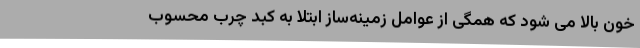
خون بالا می شود که همگی از عوامل زمینه‌ساز ابتلا به کبد چرب محسوب